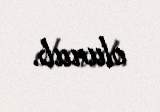
olunub.